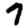
Digit: 7